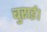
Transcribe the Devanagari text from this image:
बुराई।